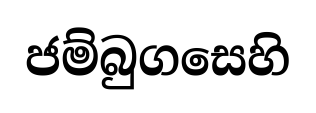
ජම්බුගසෙහි